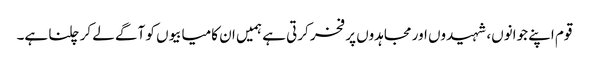
قوم اپنے جوانوں، شہیدوں اور مجاہدوں پر فخر کرتی ہے ہمیں ان کامیابیوں کو آگے لے کر چلنا ہے۔